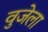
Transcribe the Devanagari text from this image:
वुजेला